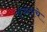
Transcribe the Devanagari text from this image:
एजंटाचे